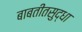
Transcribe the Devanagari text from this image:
बाबतीतसुद्धा